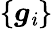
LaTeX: \{ \boldsymbol{g}_{\mathit{i}}\}